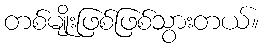
တစ်မျိုးဖြစ်ဖြစ်သွားတယ်။